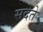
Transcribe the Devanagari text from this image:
सदेते